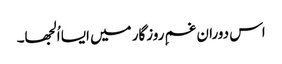
اس دوران غمِ روزگار میں ایسا اُلجھا۔